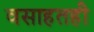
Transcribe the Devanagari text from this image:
वसाहतही